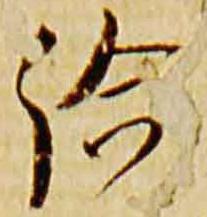
給